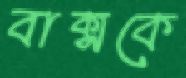
বাক্সকে